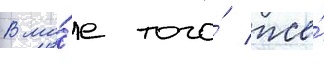
В ма́е того́ же́